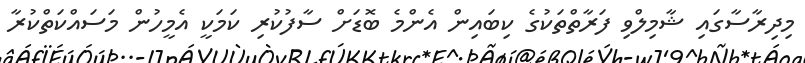
މިދިރާސާގައި ޝާމިލްވި ފަރާތްތަކުގެ ކިބައިން އެންމެ ބޮޑަށް ސާފުކުރި ކަމަކީ އެމީހުން މަސައްކަތްކުރާ